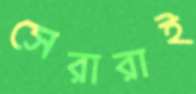
সেরারাই